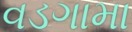
વડગામા